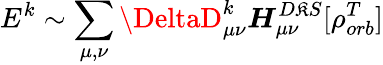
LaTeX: E^{k}\sim\sum_{\mu,\nu}\DeltaD_{\mu\nu}^{k}\boldsymbol{H}_{\mu\nu}^{D\mathfrak{K}S}[\rho_{orb}^{T}]